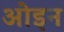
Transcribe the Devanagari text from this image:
ओइन